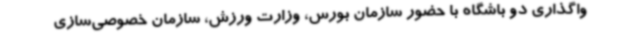
واگذاری دو باشگاه با حضور سازمان بورس، وزارت ورزش، سازمان خصوصی‌سازی